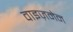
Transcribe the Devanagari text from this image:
वाइज़मेन